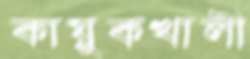
কায়ুকখালী